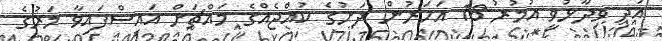
އަދި ވިދާޅުވީ އުމުރު 18 އަހަރުން ދަށުގެ ކުއްޖެއްގެ މައްޗަށް އައިސްފައިވާ މަރުގެ